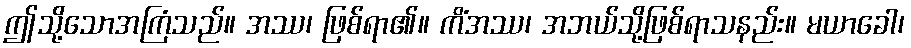
ဤသို့သောအကြံသည်။ အဿ၊ ဖြစ်ရာ၏။ ကိံအဿ၊ အဘယ်သို့ဖြစ်ရာသနည်း။ မယာခေါ၊